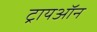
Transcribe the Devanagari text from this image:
ट्रायऑन